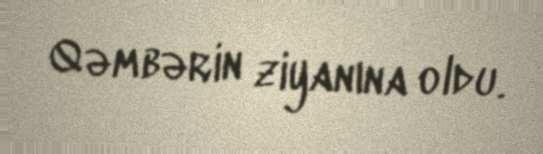
Qəmbərin ziyanına oldu.